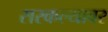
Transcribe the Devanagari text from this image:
सरकल्यावर